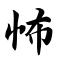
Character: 怖